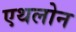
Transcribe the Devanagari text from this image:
एथलोन